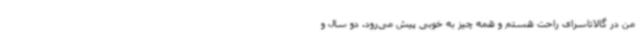
من در گالاتاسرای راحت هستم و همه چیز به خوبی پیش می‌رود. دو سال و